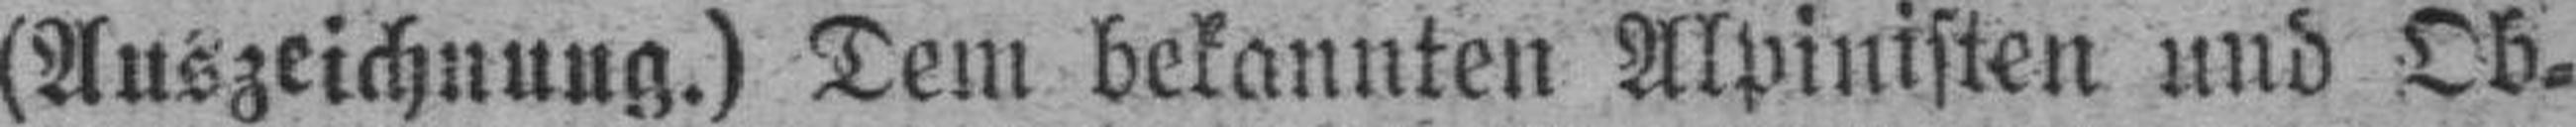
(Auszeichnung.) Dem bekannten Alpinisten und Ob¬